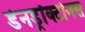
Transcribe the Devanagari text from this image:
डेनड्रॉक्टोनस